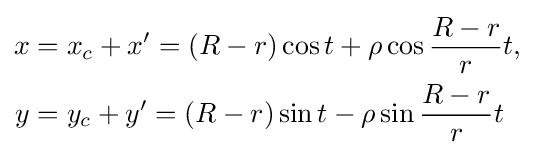
{\begin{aligned}x&=x_{c}+x'=(R-r)\cos t+\rho \cos {\frac {R-r}{r}}t,\\y&=y_{c}+y'=(R-r)\sin t-\rho \sin {\frac {R-r}{r}}t\\\end{aligned}}